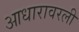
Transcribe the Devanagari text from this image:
आधारावरली